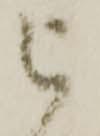
被